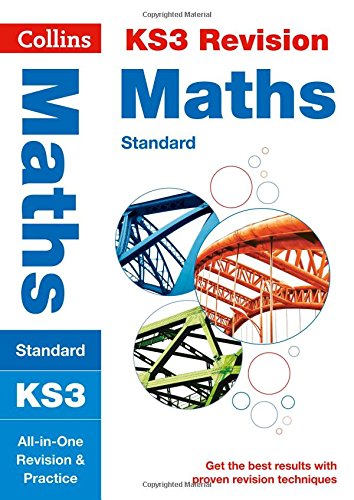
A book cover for Collins New Key Stage 3 Revision EE Maths (Standard): All-In-One Revision And Practice; Collins UK; Teen & Young Adult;